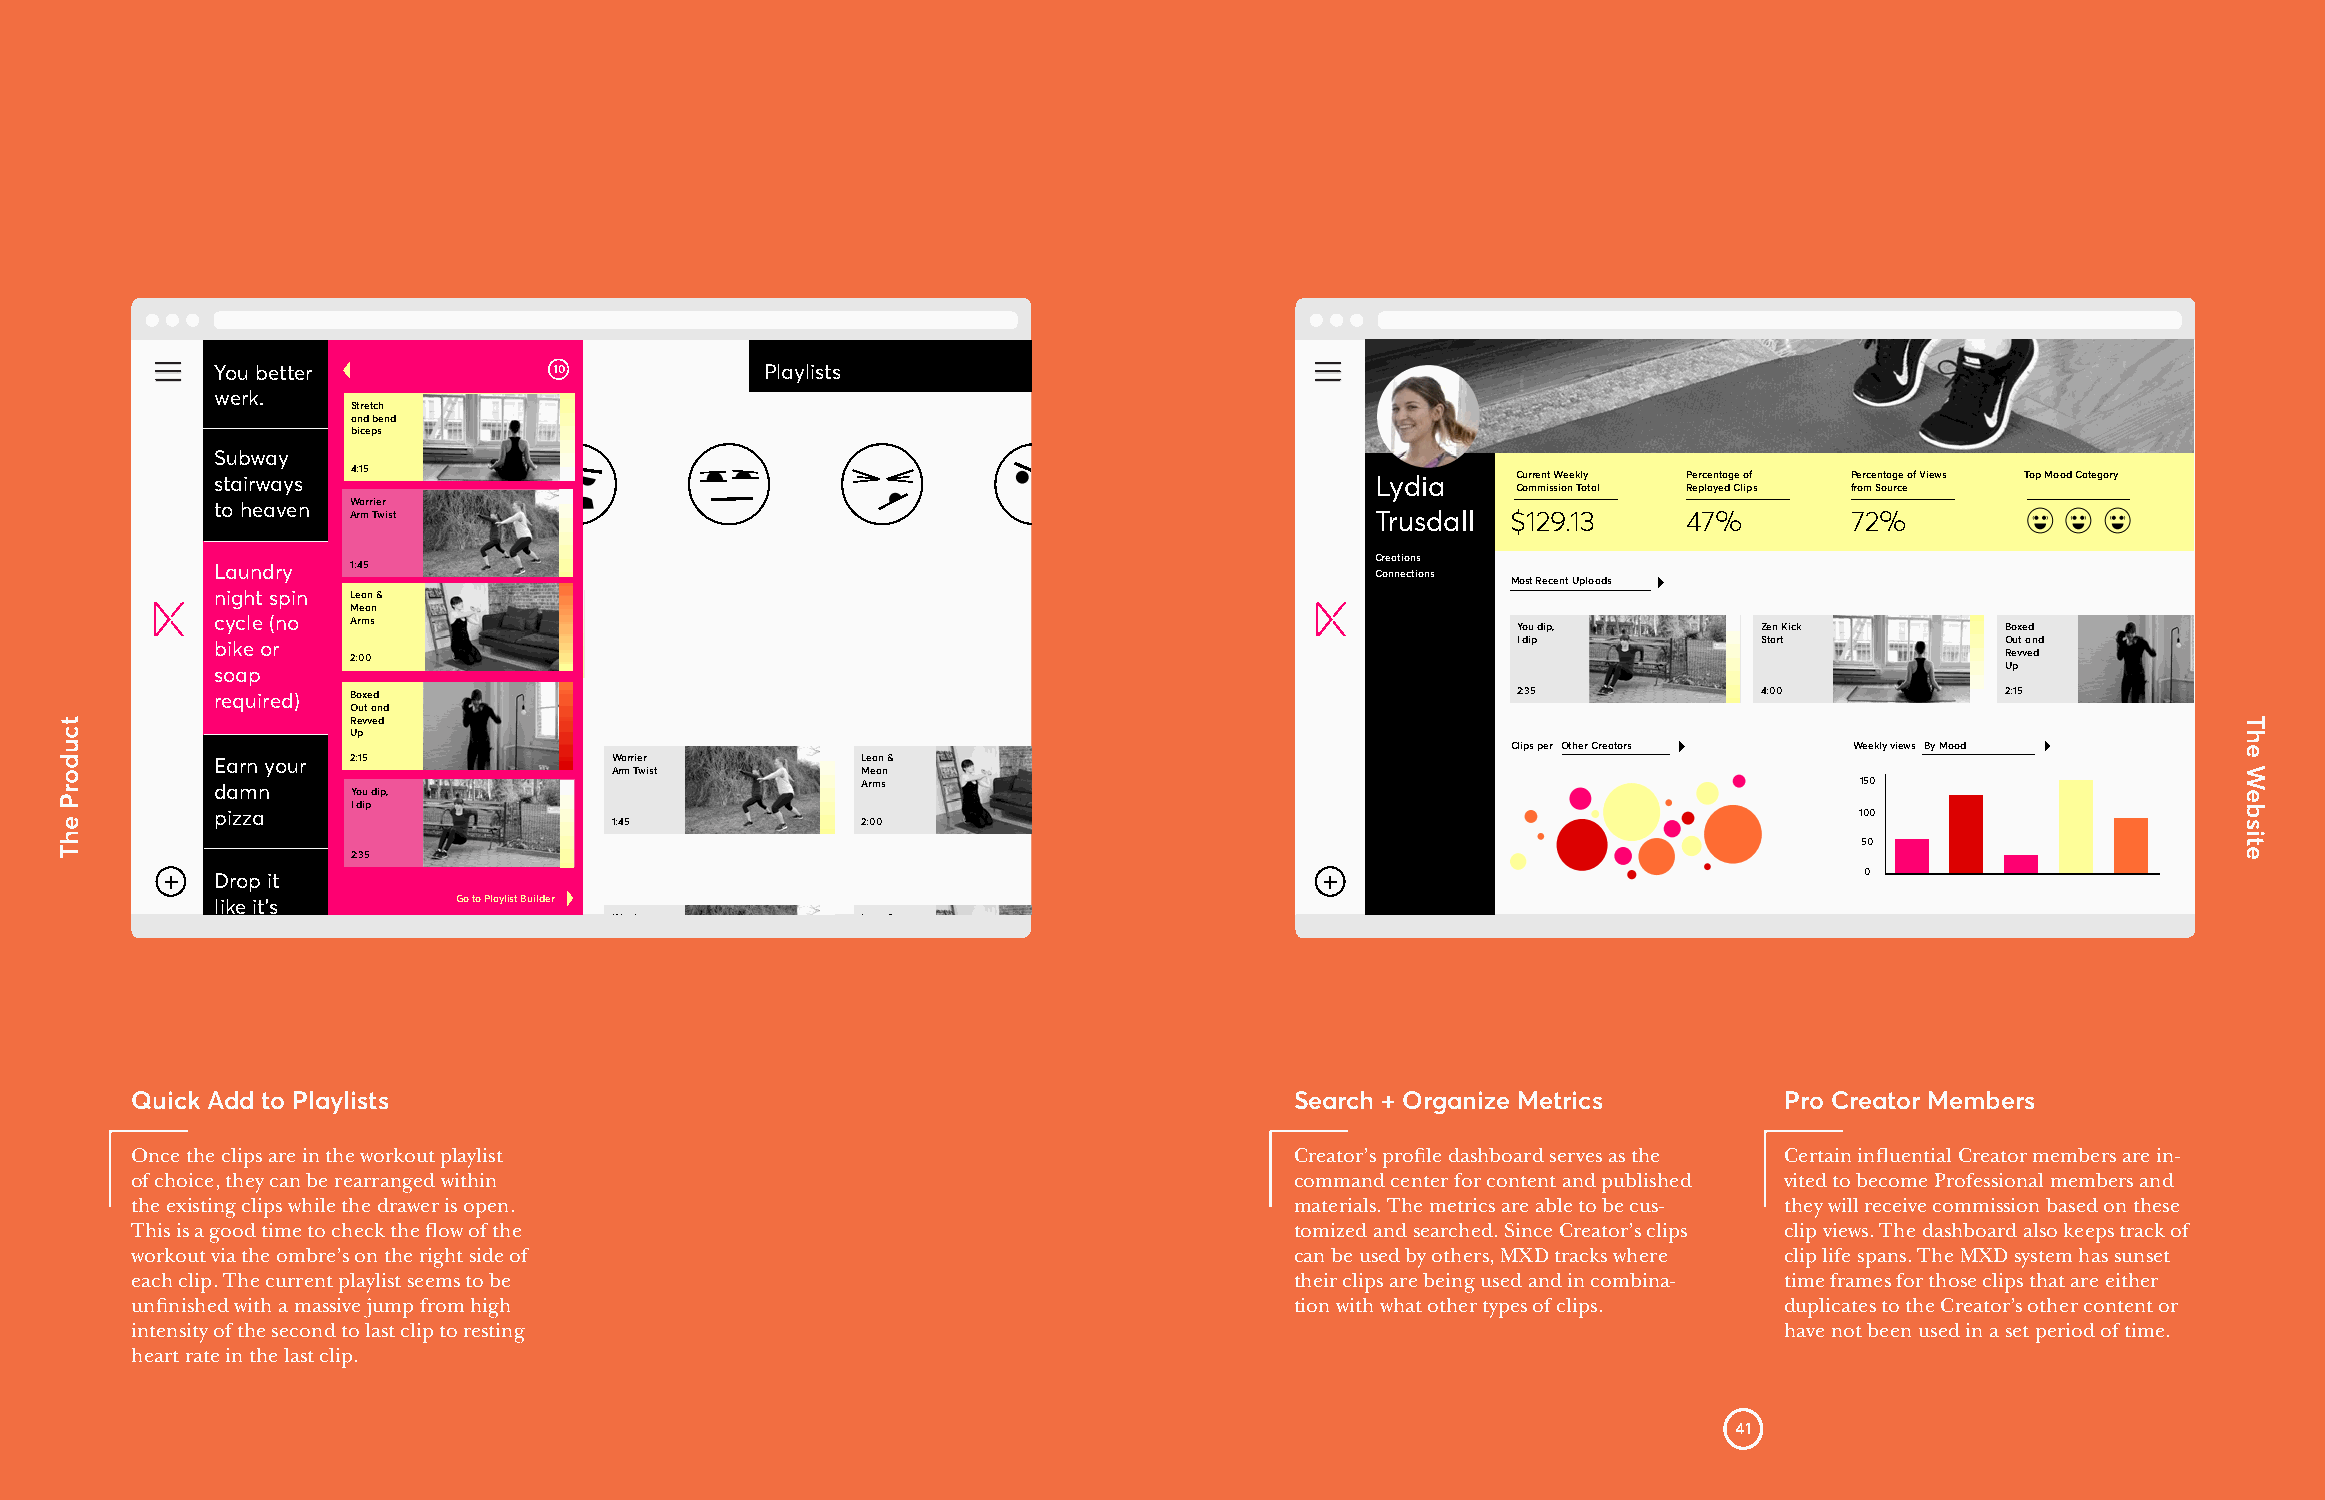
You better Clips       10            Playlists
 werk.
 Stretch
 Traenndd ibnegn Md oods
 biceps
 Subway
 stairways 4:15                                                               Lydia    Current Weekly Percentage of Percentage of Views Top Mood Category
 Commission Total Replayed Clips from Source
 to heaven Warrier
 Arm Twist                                                           Trusdall $129.13     47%        72%
 Laundry
 S seh1 e:a4 k m5e
 o
 u rep your habits                                                 C Core na nt eio cn tis
 ons
 Most Recent Uploads
 night spin Lean &
 MeYaonu dip,
 cycle (no ArIm dsip
 You dip,         Zen Kick        Boxed
 bike or                                                                               I dip            Start           Out and
 2:00                                                                                                          Revved
 soap      2:35                                                                                                         Up
 required) Boxed                                                                       2:35             4:00            2:15
 Out and
 Revved
 Up
 Clips per Other Creators Weekly views By Mood
 Earn your 2:15            Warrier          Lean &
 Arm Twist        Mean
 damn     You dip,                          Arms                                                              150
 I dip
 pizza                                                                                                        100 1:45 2:00
 50
 2:35
 +  Drop it                                                                   +                                  0
 like it’s       Go to Playlist Builder
 Stretch         Warrier          Lean &
 Quick Add to Playlists                                                       Search + Organize Metrics       Pro Creator Members
 Once the clips are in the workout playlist                                   Creator’s profile dashboard serves as the Certain influential Creator members are in-
 of choice, they can be rearranged within                                     command center for content and published vited to become Professional members and
 the existing clips while the drawer is open.                                 materials. The metrics are able to be cus- they will receive commission based on these
 This is a good time to check the flow of the                                 tomized and searched. Since Creator’s clips clip views. The dashboard also keeps track of
 workout via the ombre’s on the right side of                                 can be used by others, MXD tracks where clip life spans. The MXD system has sunset
 each clip. The current playlist seems to be                                  their clips are being used and in combina- time frames for those clips that are either
 unfinished with a massive jump from high                                     tion with what other types of clips. duplicates to the Creator’s other content or
 intensity of the second to last clip to resting                                                              have not been used in a set period of time.
 heart rate in the last clip.
 41
 tcudorP
 ehT
 The
 Website